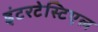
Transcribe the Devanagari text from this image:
इंटरटेस्टिएल